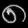
Digit: ၈